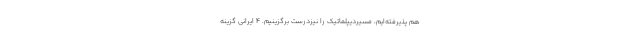
هم پذیرفته‌ایم، مسیردیپلماتیک را نیزدرست برگزینیم. 4 ایرانی گزینه